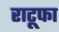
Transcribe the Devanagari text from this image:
राटूफा